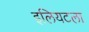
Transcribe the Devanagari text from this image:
इलियटला